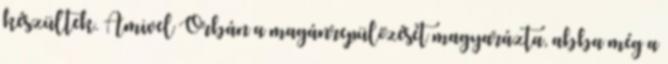
készültek. Amivel Orbán a magánrepülőzését magyarázta, abba még a